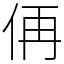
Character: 侢